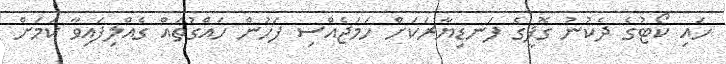
ހައި ކޯޓުގެ ދެކުނު ގޮފީގެ ފަނޑިޔާރަކަށް ހަމަޖެއްސި ފަހުން ހައްގުތައް ގެއްލިފައިވާ ކަމަށް